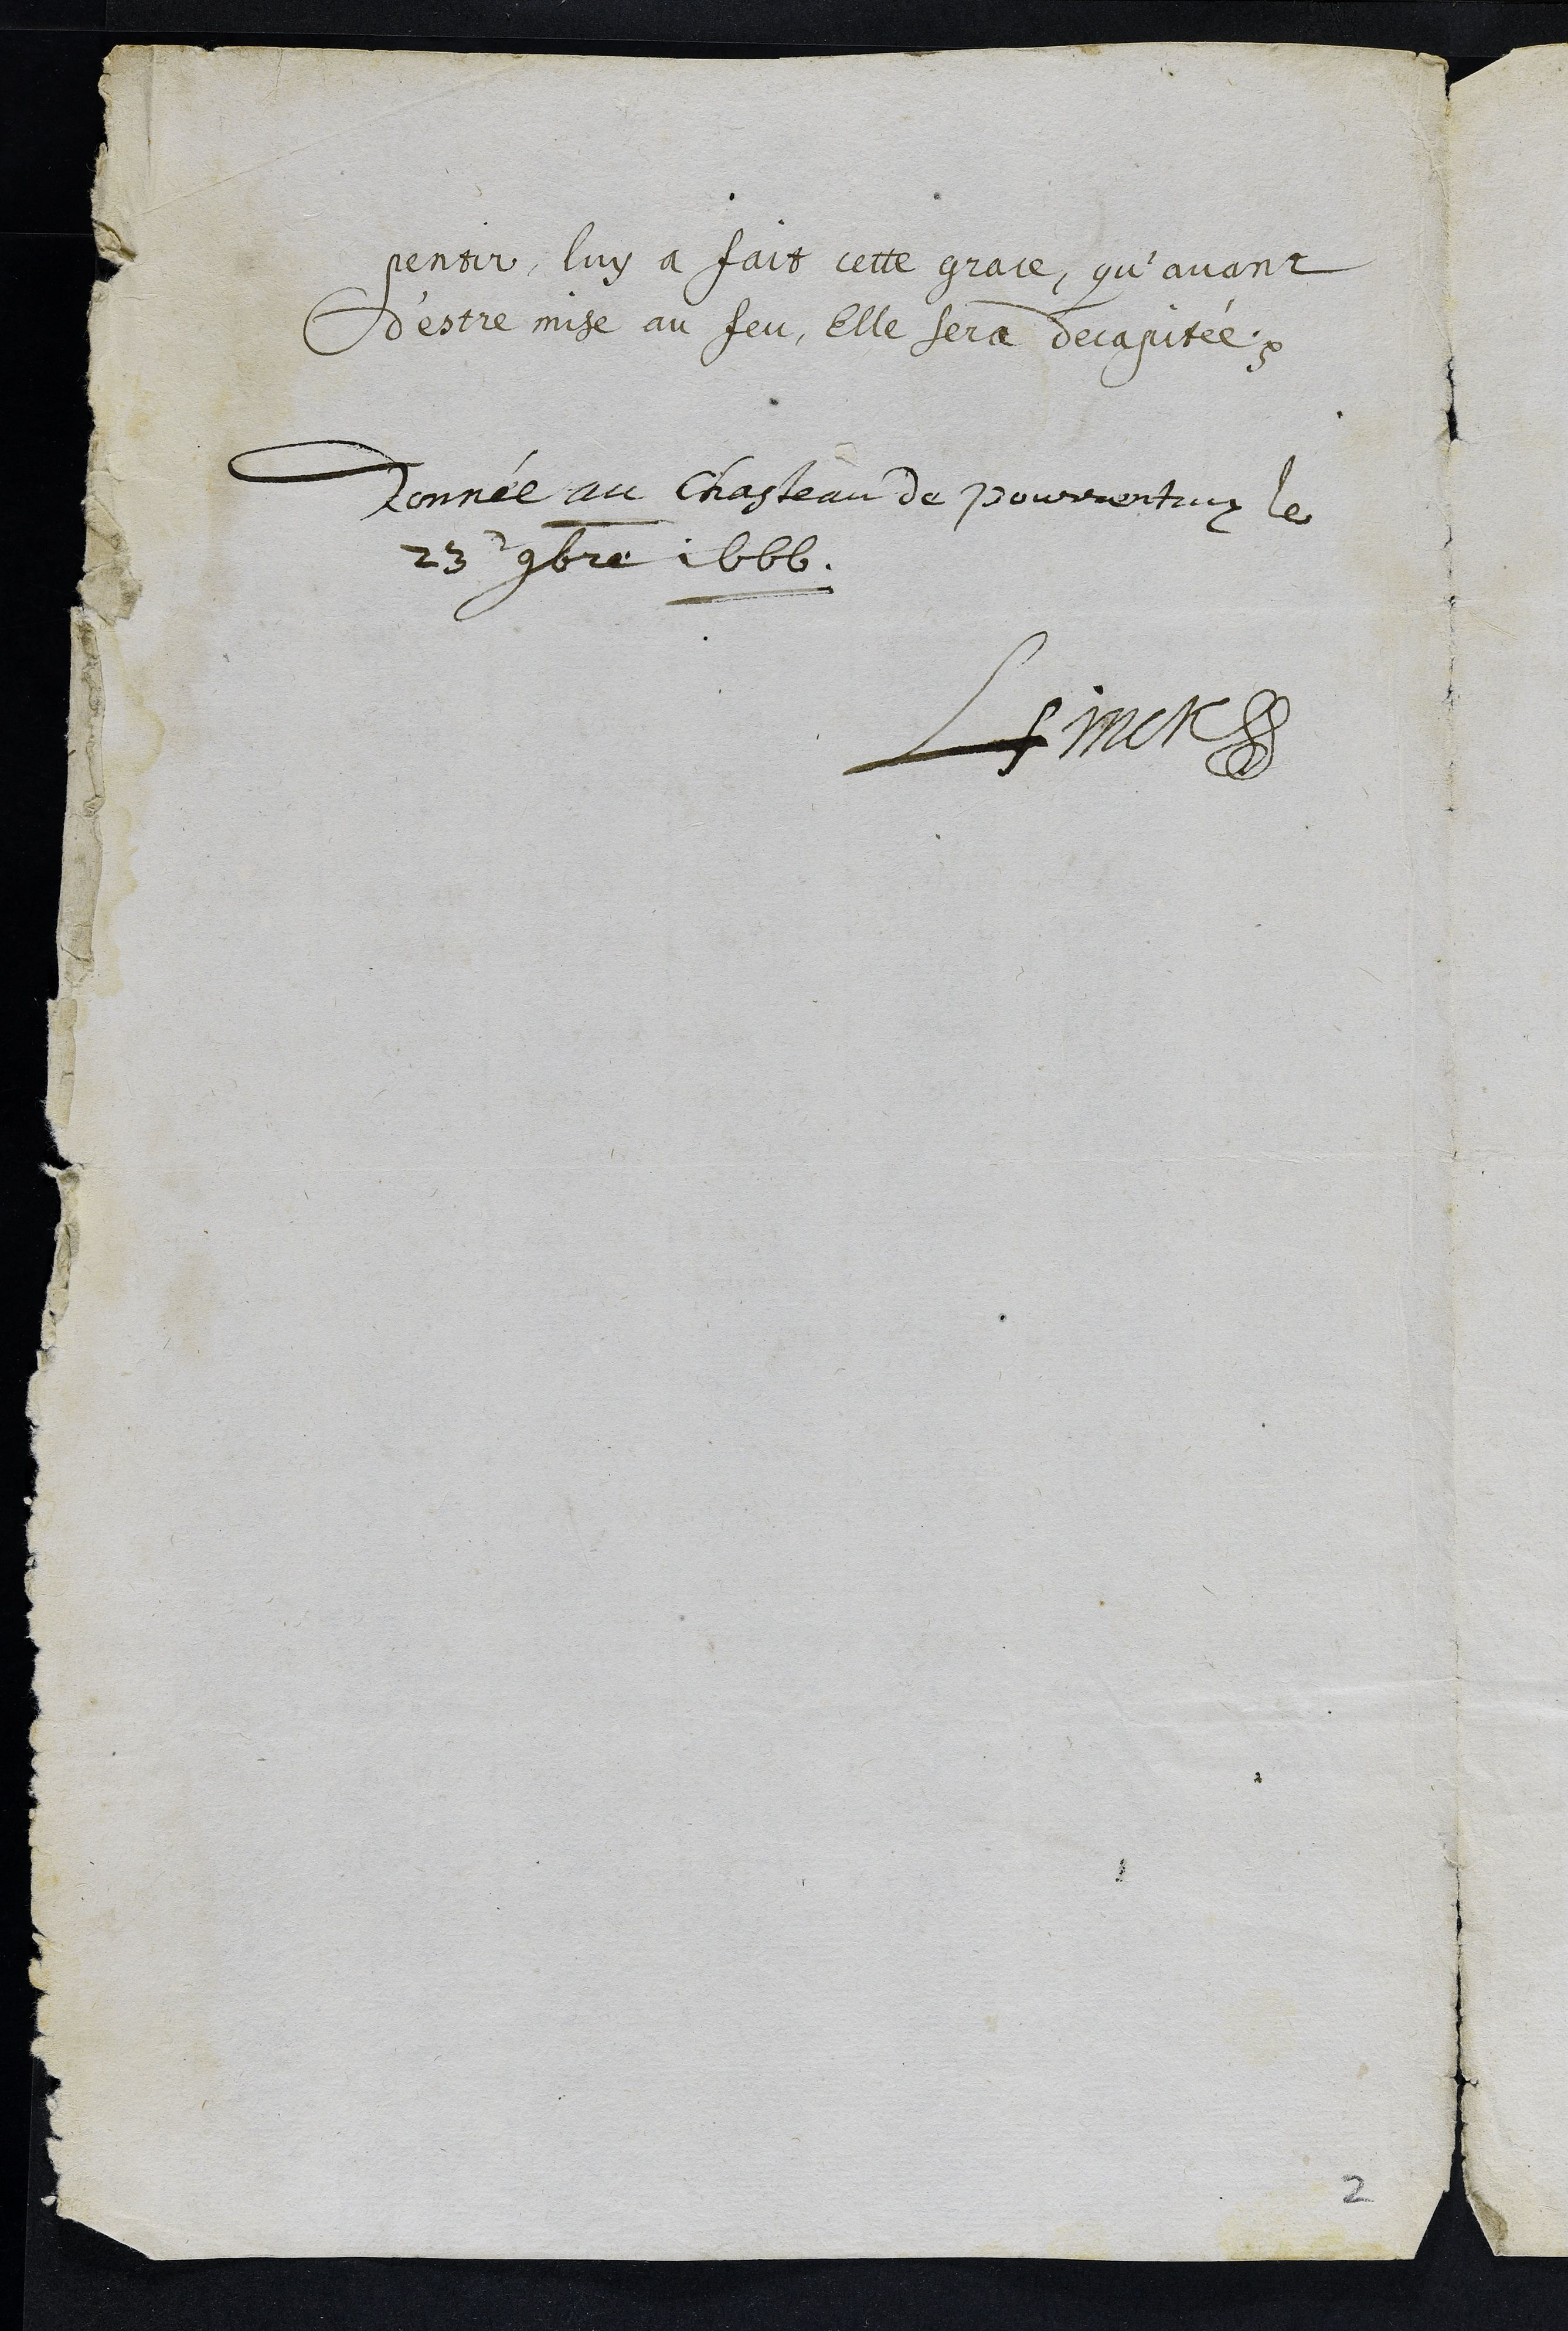
pentir, luy a fait ceste grace, qu’avant
d'estre mise au feu, Elle sera decapitée.
Donnée au chasteau de Pourrentruy le
23e 9bre 1666.
LFinck
2